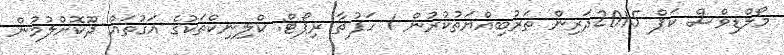
މޯލްޑިވްސް ކަޕް 2015ދަރިން ތަރުބިއްޔަތުކުރުން 1 ހަފުތާ ރިޕޯޓް: ކްލިނިކްތަކުގެ އަގުތައް ދޫކޮށްލުމުން